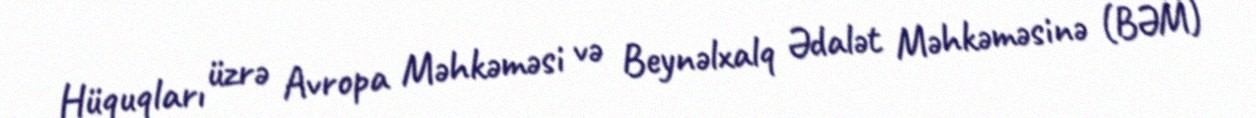
Hüquqları üzrə Avropa Məhkəməsi və Beynəlxalq Ədalət Məhkəməsinə (BƏM)